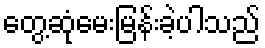
တွေ့ဆုံမေးမြန်းခဲ့ပါသည်